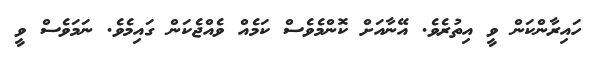
ހައިރާންކަން ވީ އިތުރެވެ. އޭނާއަށް ކޮންމެވެސް ކަމެއް ވެއްޖެކަން ގައިމެވެ. ނަމަވެސް ވީ